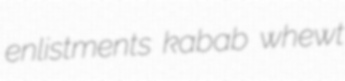
enlistments kabab whewt